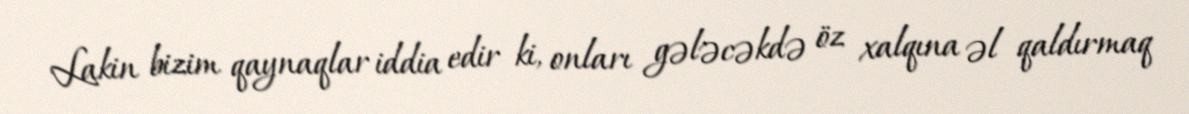
Lakin bizim qaynaqlar iddia edir ki, onları gələcəkdə öz xalqına əl qaldırmaq